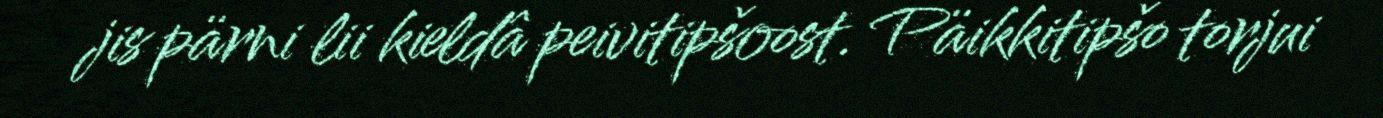
jis pärni lii kieldâ peivitipšoost. Päikkitipšo torjui